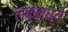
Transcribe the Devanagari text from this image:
लंकेमध्ये